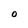
Character: O